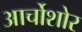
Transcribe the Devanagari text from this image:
आर्चोशोर